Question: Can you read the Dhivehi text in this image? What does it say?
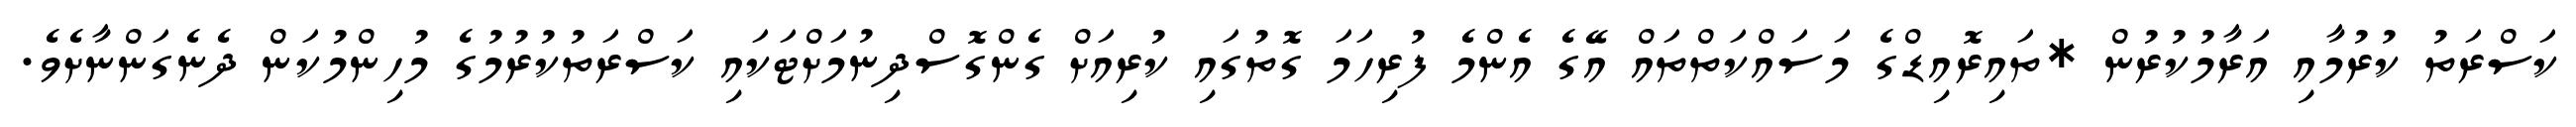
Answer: ކަސްރަތު ކުރުމާއި އަރާމުކުރުން *ތައިރޮއިޑްގެ މަސައްކަތްތައް އޭގެ އެންމެ ފުރިހަމަ ގޮތުގައި ކުރިއަށް ގެންގޮސްދިނުމަށްޓަކައި ކަސްރަތުކުރުމުގެ މުހިންމުކަން ދެނެގަންނާށެވެ.